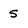
Character: 5